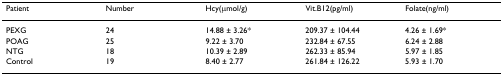
| Patient | Number | Hcy(μmol/g) | Vit.B12(pg/ml) | Folate(ng/ml) |
 | --- | --- | --- | --- | --- |
 | PEXG | 24 | 14.88 ± 3.26* | 209.37 ± 104.44 | 4.26 ± 1.69* |
 | POAG | 25 | 9.22 ± 3.70 | 232.84 ± 67.55 | 6.24 ± 2.88 |
 | NTG | 18 | 10.39 ± 2.89 | 262.33 ± 85.94 | 5.97 ± 1.85 |
 | Control | 19 | 8.40 ± 2.77 | 261.84 ± 126.22 | 5.93 ± 1.70 |